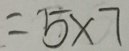
= 5 \times 7